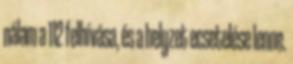
nálam a 112 felhívása, és a helyzet ecsetelése lenne.